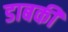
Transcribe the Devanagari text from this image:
डाबकी